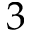
3